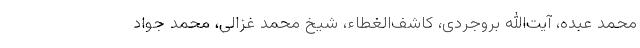
محمد عبده، آیت‌الله بروجردی، کاشف‌الغطاء، شیخ محمد غزالی، محمد جواد